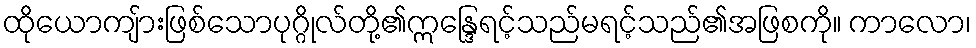
ထိုယောကျ်ားဖြစ်သောပုဂ္ဂိုလ်တို့၏ဣန္ဒြေရင့်သည်မရင့်သည်၏အဖြစကို။ ကာလော၊